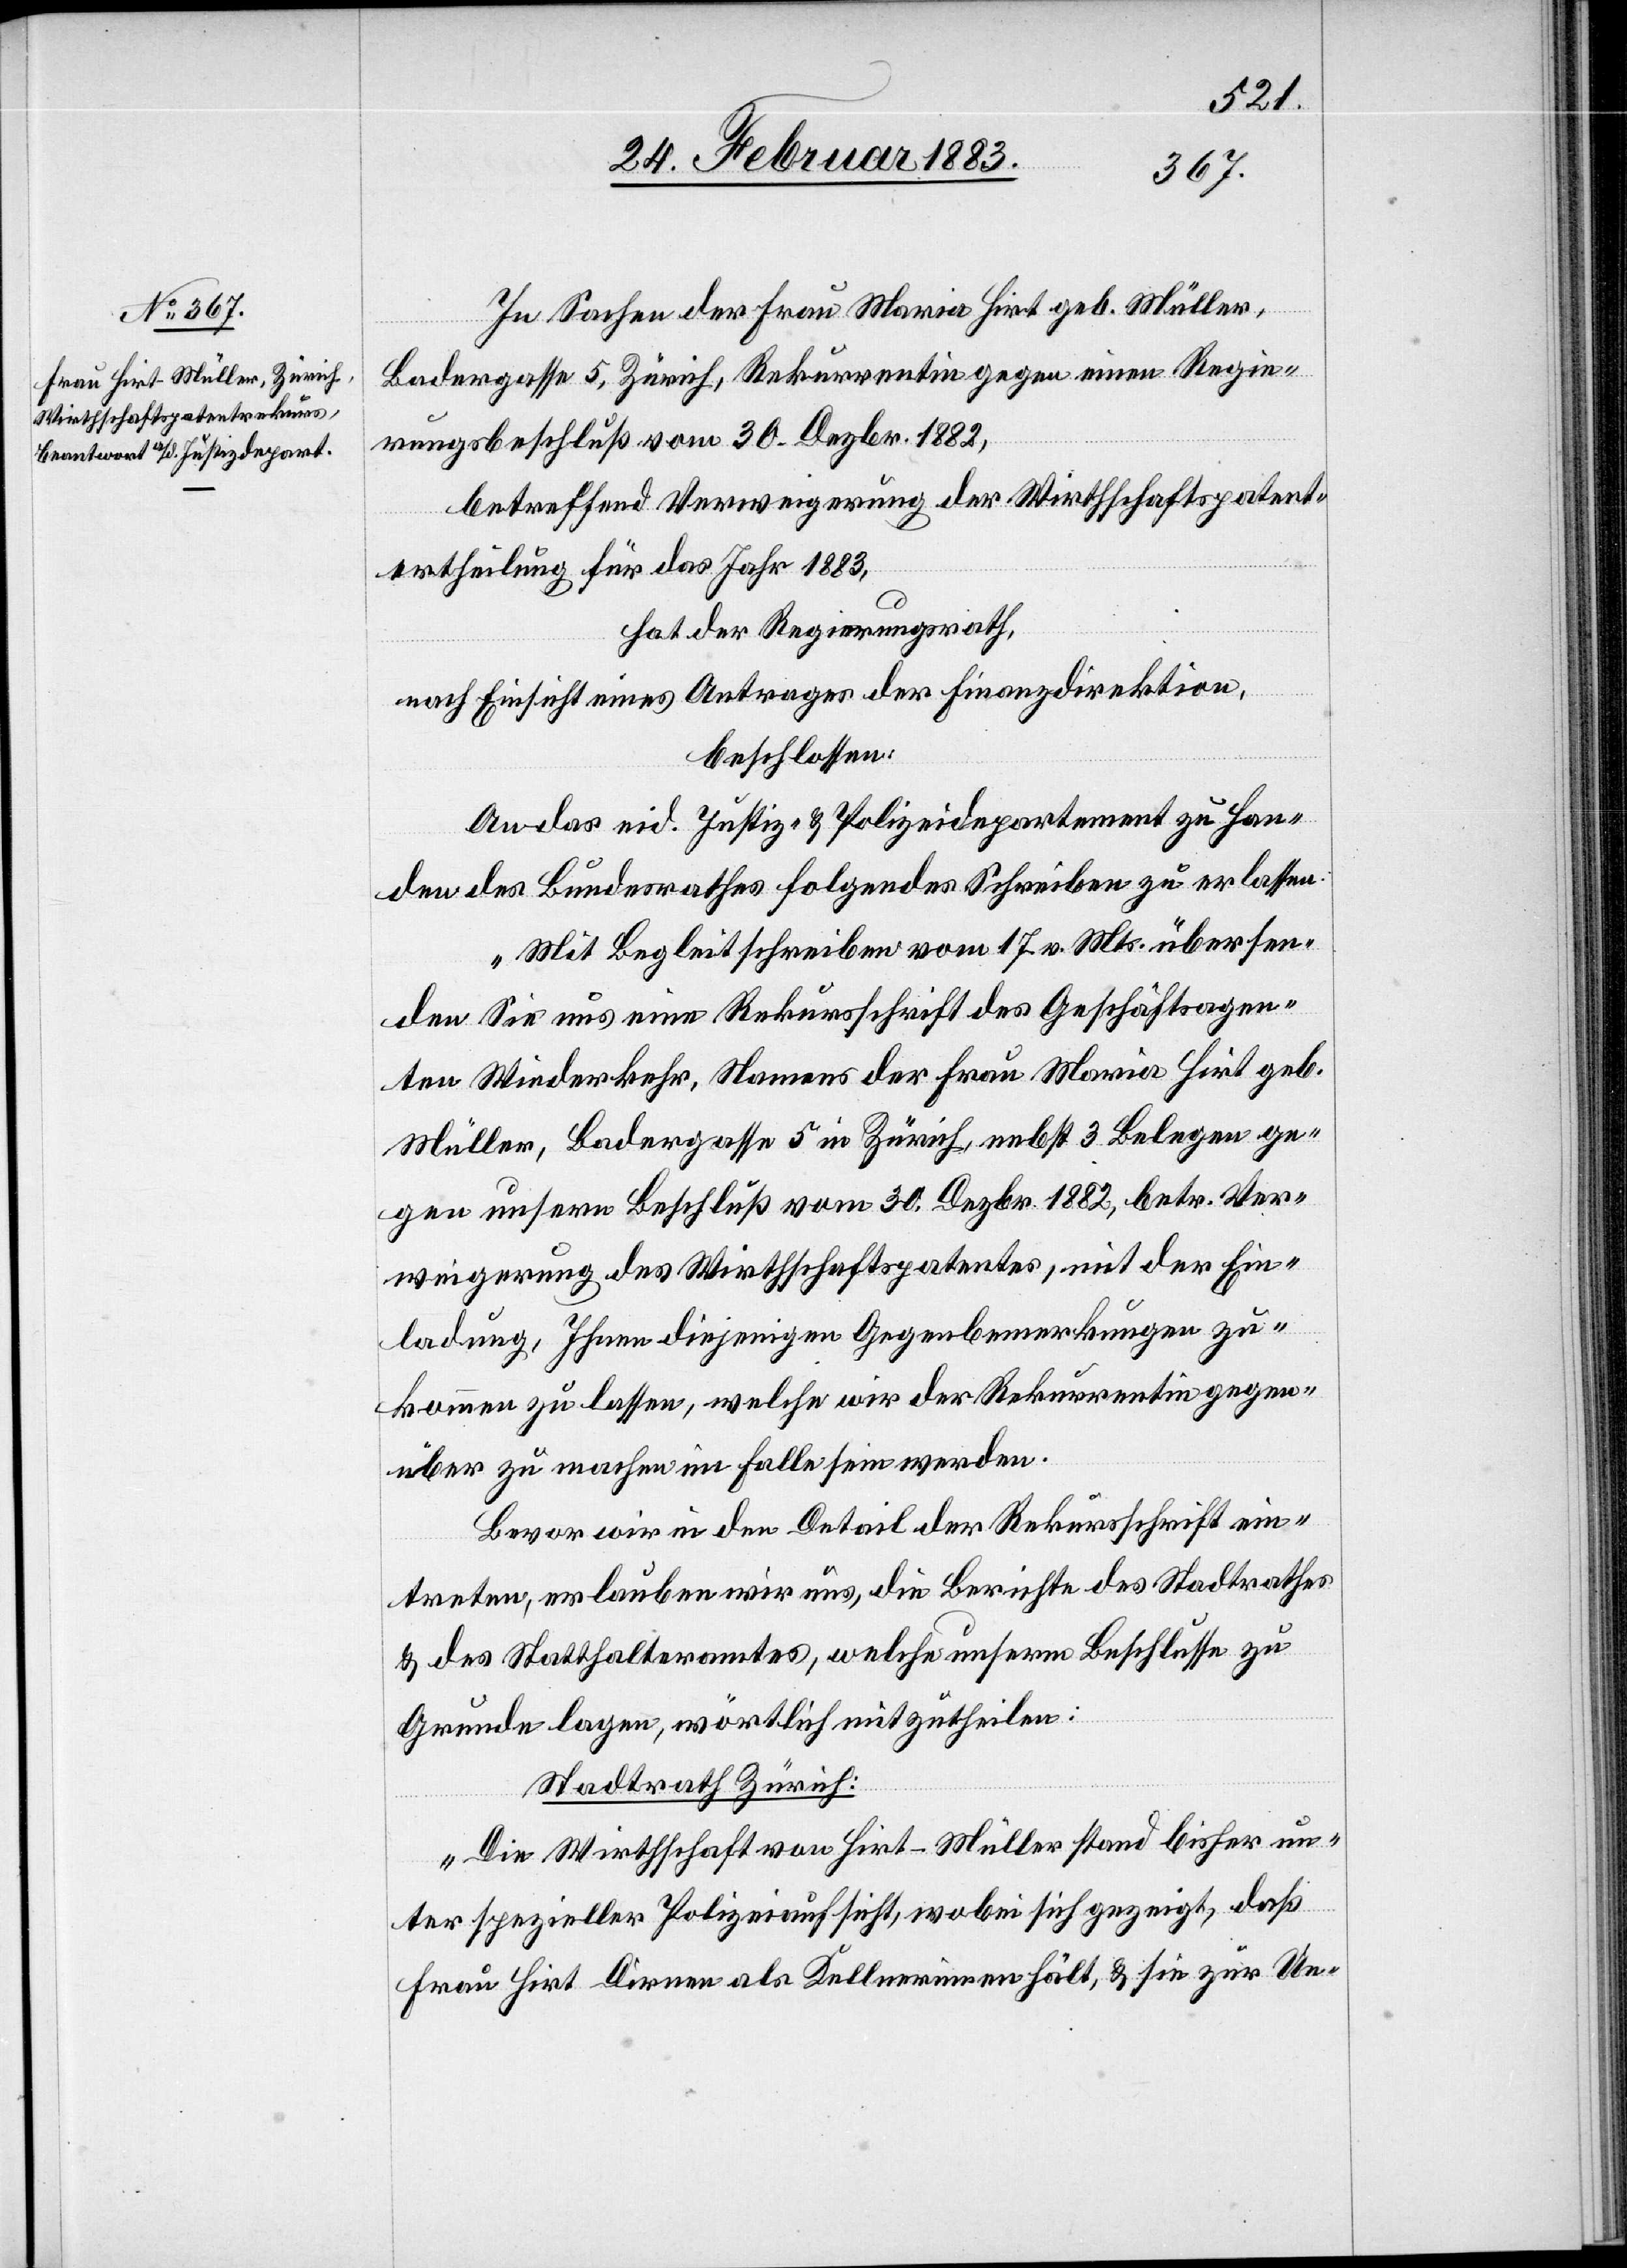
In Sachen der Frau Maria Hirt geb. Müller,
Badergasse 5, Zürich, Rekurrentin gegen einen Regie¬
rungsbeschluß vom 30. Dezbr. 1882,
betreffend Verweigerung der Wirthschaftspatent¬
ertheilung für das Jahr 1883,
hat der Regierungsrath,
nach Einsicht eines Antrages der Finanzdirektion,
beschlossen
An das eid. Justiz- & Polizeidepartement zu Han¬
den des Bundesrathes folgendes Schreiben zu erlassen:
„Mit Begleitschreiben vom 17. v. Mts. übersen¬
den Sie uns eine Rekursschrift des Geschäftsagen¬
ten Wiederkehr, Namens der Frau Maria Hirt geb.
Müller, Badergasse 5 in Zürich, nebst 3 Belegen ge¬
gen unsern Beschluß vom 30. Dezbr. 1882, betr. Ver¬
weigerung des Wirthschaftspatentes, mit der Ein¬
ladung, Ihnen diejenigen Gegenbemerkungen zu¬
kommen zu lassen, welche wir der Rekurrentin gegen¬
über zu machen im Falle sein werden.
Bevor wir in den Detail der Rekursschrift ein¬
treten, erlauben wir uns, die Berichte des Stadtrathes
& des Statthalteramtes, welche unserm Beschlusse zu
Grunde lagen, wörtlich mitzutheilen:
Stadtrath Zürich:
Die Wirthschaft von Hirt-Müller stand bisher un¬
ter spezieller Polizeiaufsicht, wobei sich gezeigt, daß
Frau Hirt-Müller Dirnen als Kellnerinnen hält, & sie zur Un-